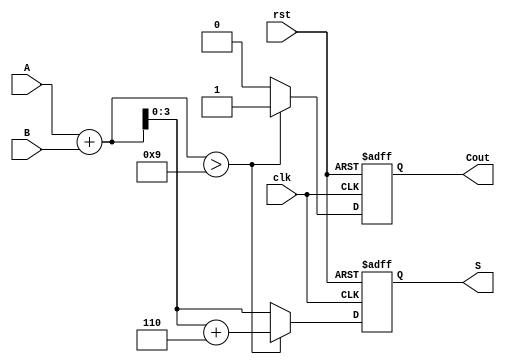
module BCD_Redundant_Binary_Adder (
    input [3:0] A,      // BCD input A
    input [3:0] B,      // BCD input B
    output reg [3:0] S, // BCD output sum
    output reg Cout,     // Carry out
    input clk,          // Clock signal
    input rst           // Reset signal
);

    // Intermediate signals
    reg [4:0] sum;      // 5 bits to hold the sum (A + B + carry)
    
    // BCD adjustment constant
    parameter ADJUSTMENT = 4'b0110; // Constant value to add if sum > 9

    always @(posedge clk or posedge rst) begin
        if (rst) begin
            S <= 4'b0000; // Reset output
            Cout <= 1'b0; // Reset carry out
        end else begin
            // Step 1: Add A and B
            sum = A + B;

            // Step 2: Check if the sum exceeds BCD range
            if (sum > 4'b1001) begin
                sum = sum + ADJUSTMENT; // Adjust the sum
                Cout = 1'b1; // Set carry out
            end else begin
                Cout = 1'b0; // No carry out
            end

            // Step 3: Assign the result to output S
            S = sum[3:0]; // Take the lower 4 bits as the result
        end
    end

endmodule